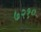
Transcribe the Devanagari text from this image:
७२१०